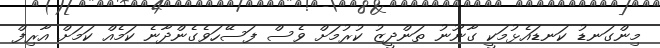
މިންގަނޑު ކަނޑައެޅުމަކީ ގާނޫނު ތަންދީޒު ކުރުމަށް ވެސް ފަސޭހަވެގެންދާނެ ކަމެއް ކަމަށް އާރިފް